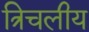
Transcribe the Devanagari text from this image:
त्रिचलीय